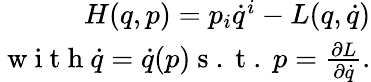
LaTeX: \begin{array}{r}{\begin{array}{r}{H(q,p)=p_{i}\dot{q}^{i}-L({q},\dot{q})}\\ {\mathrm{~w~i~t~h~}\dot{q}=\dot{q}(p)\mathrm{~s~.~t~.~}p=\frac{\partial L}{\partial\dot{q}}.}\end{array}}\end{array}